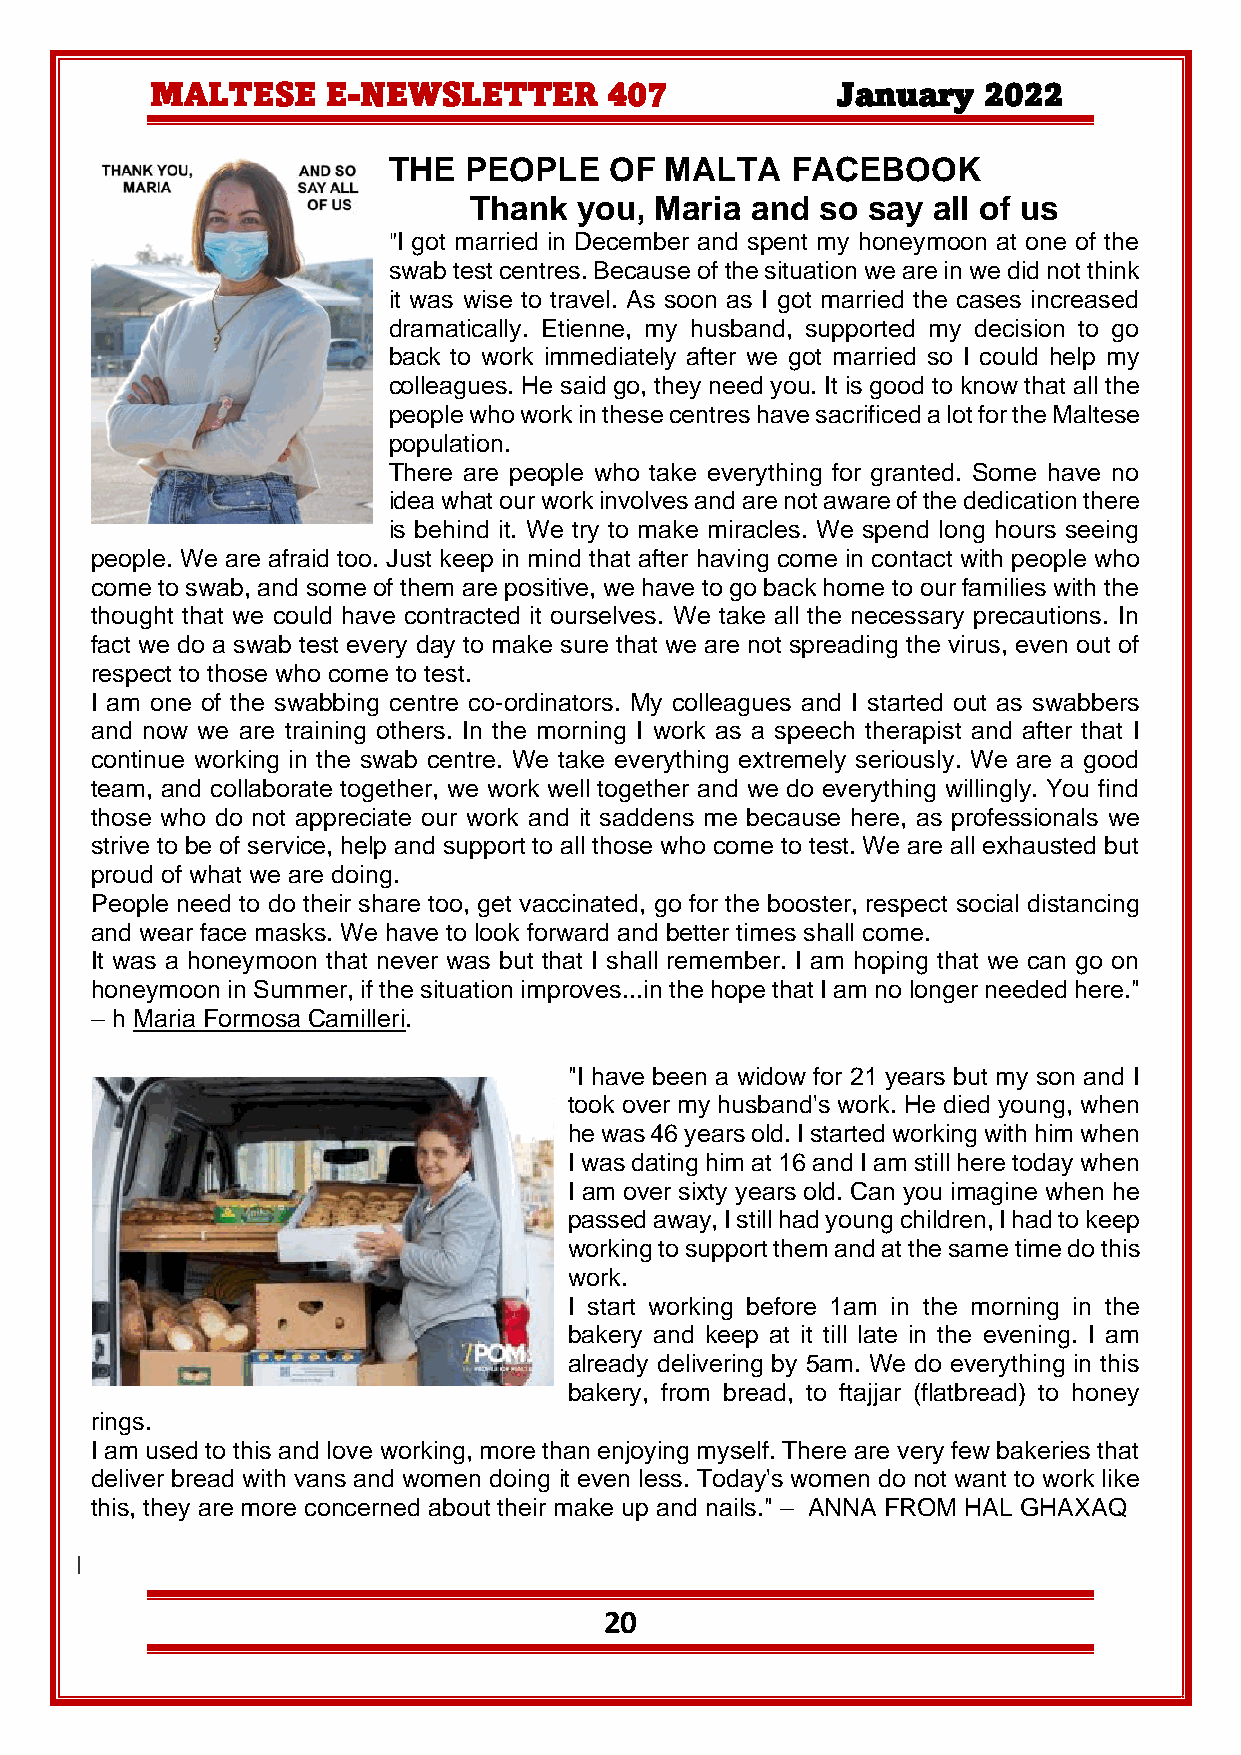
MALTESE     E-NEWSLETTER      407            January   2022
 THE  PEOPLE   OF  MALTA   FACEBOOK
 Thank  you, Maria  and so say  all of us
 "I got married in December and spent my honeymoon at one of the
 swab test centres. Because of the situation we are in we did not think
 it was wise to travel. As soon as I got married the cases increased
 dramatically. Etienne, my husband, supported my decision to go
 back to work immediately after we got married so I could help my
 colleagues. He said go, they need you. It is good to know that all the
 people who work in these centres have sacrificed a lot for the Maltese
 population.
 There are people who take everything for granted. Some have no
 idea what our work involves and are not aware of the dedication there
 is behind it. We try to make miracles. We spend long hours seeing
 people. We are afraid too. Just keep in mind that after having come in contact with people who
 come to swab, and some of them are positive, we have to go back home to our families with the
 thought that we could have contracted it ourselves. We take all the necessary precautions. In
 fact we do a swab test every day to make sure that we are not spreading the virus, even out of
 respect to those who come to test.
 I am one of the swabbing centre co-ordinators. My colleagues and I started out as swabbers
 and now we are training others. In the morning I work as a speech therapist and after that I
 continue working in the swab centre. We take everything extremely seriously. We are a good
 team, and collaborate together, we work well together and we do everything willingly. You find
 those who do not appreciate our work and it saddens me because here, as professionals we
 strive to be of service, help and support to all those who come to test. We are all exhausted but
 proud of what we are doing.
 People need to do their share too, get vaccinated, go for the booster, respect social distancing
 and wear face masks. We have to look forward and better times shall come.
 It was a honeymoon that never was but that I shall remember. I am hoping that we can go on
 honeymoon in Summer, if the situation improves...in the hope that I am no longer needed here."
 – h Maria Formosa Camilleri.
 "I have been a widow for 21 years but my son and I
 took over my husband's work. He died young, when
 he was 46 years old. I started working with him when
 I was dating him at 16 and I am still here today when
 I am over sixty years old. Can you imagine when he
 passed away, I still had young children, I had to keep
 working to support them and at the same time do this
 work.
 I start working before 1am in the morning in the
 bakery and keep at it till late in the evening. I am
 already delivering by 5am. We do everything in this
 bakery, from bread, to ftajjar (flatbread) to honey
 rings.
 I am used to this and love working, more than enjoying myself. There are very few bakeries that
 deliver bread with vans and women doing it even less. Today's women do not want to work like
 this, they are more concerned about their make up and nails." – ANNA FROM HAL GHAXAQ
 l
 20